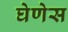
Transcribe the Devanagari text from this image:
घेणेस